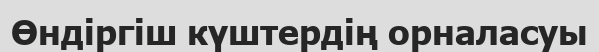
Өндіргіш күштердің орналасуы